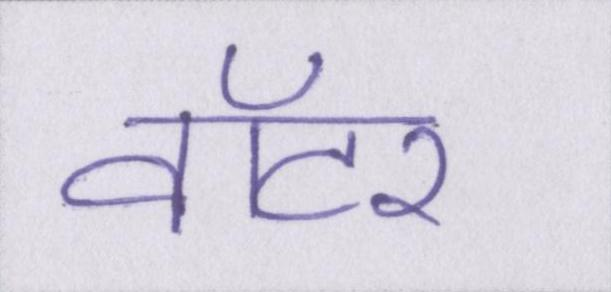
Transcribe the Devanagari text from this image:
वॉटर